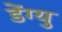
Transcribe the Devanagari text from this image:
डेंग्यु